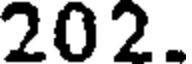
202.